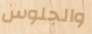
والجلوس